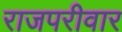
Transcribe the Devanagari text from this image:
राजपरीवार